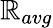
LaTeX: \mathbb{R}_{avg}